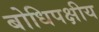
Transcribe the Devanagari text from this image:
बोधिपक्षीय